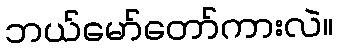
ဘယ်မော်တော်ကားလဲ။